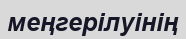
меңгерілуінің